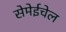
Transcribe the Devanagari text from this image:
सेमेईचेल